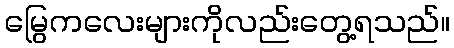
မြွေကလေးများကိုလည်းတွေ့ရသည်။